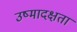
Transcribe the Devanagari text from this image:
उष्मादक्षता